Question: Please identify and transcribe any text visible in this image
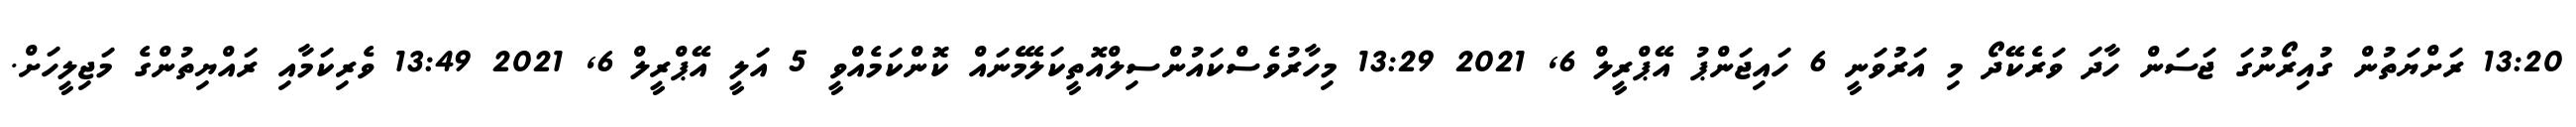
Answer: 13:20 ރަށްޔަތުން ގުއިރޯނުގަ ޖަސަން ހާދަ ވަރެކޭދޯ މި އަރުވަނީ 6 ހައިޖަންޕު އޭޕްރީލް 6, 2021 13:29 މިހާރުވެސްކައުންސިލްއޮތީކަލޭމެނައް ކޮންކަމެއްވީ 5 އަލީ އޭޕްރީލް 6, 2021 13:49 ވެރިކަމާއި ރައްޔިތުންގެ މަޖިލީހަށް.